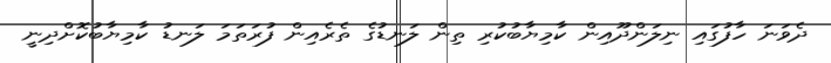
ދެވަނަ ހާފުގައި ނިލަންދޫއިން ކާމިޔާބުކުރި ތިން ލަނޑުގެ ތެރެއިން ފުރަތަމަ ލަނޑު ކާމިޔާބުކޮށްދިނީ